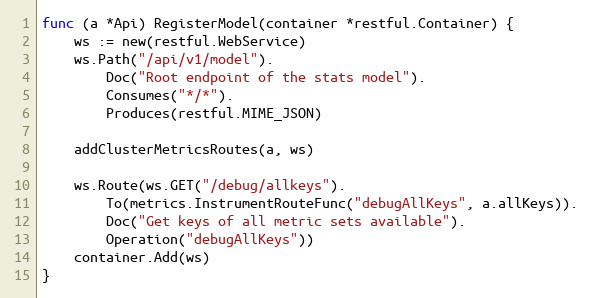
Language: Go
func (a *Api) RegisterModel(container *restful.Container) {
	ws := new(restful.WebService)
	ws.Path("/api/v1/model").
		Doc("Root endpoint of the stats model").
		Consumes("*/*").
		Produces(restful.MIME_JSON)

	addClusterMetricsRoutes(a, ws)

	ws.Route(ws.GET("/debug/allkeys").
		To(metrics.InstrumentRouteFunc("debugAllKeys", a.allKeys)).
		Doc("Get keys of all metric sets available").
		Operation("debugAllKeys"))
	container.Add(ws)
}